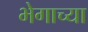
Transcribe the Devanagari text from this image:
भेगाच्या